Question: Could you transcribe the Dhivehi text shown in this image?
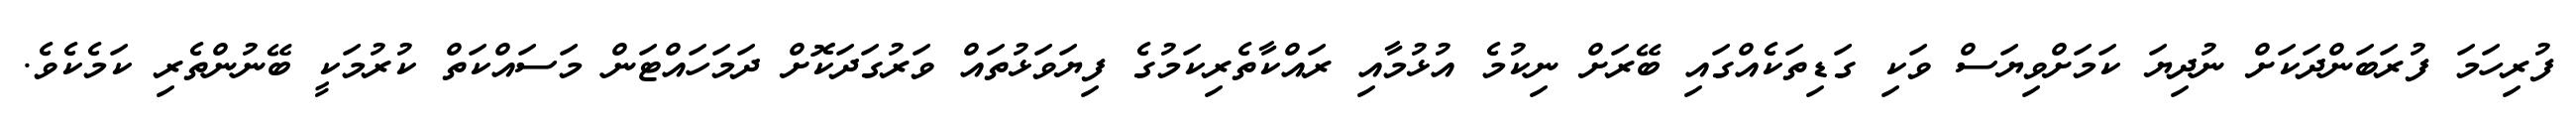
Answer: ފުރިހަމަ ފުރަބަންދަކަށް ނުދިޔަ ކަމަށްވިޔަސް ވަކި ގަޑިތަކެއްގައި ބޭރަށް ނިކުމެ އުޅުމާއި ރައްކާތެރިކަމުގެ ފިޔަވަޅުތައް ވަރުގަދަކޮށް ދަމަހައްޓަން މަސައްކަތް ކުރުމަކީ ބޭނުންތެރި ކަމެކެވެ.